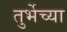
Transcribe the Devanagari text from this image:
तुर्भेच्या